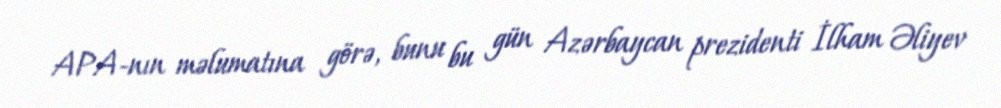
APA-nın məlumatına görə, bunu bu gün Azərbaycan prezidenti İlham Əliyev